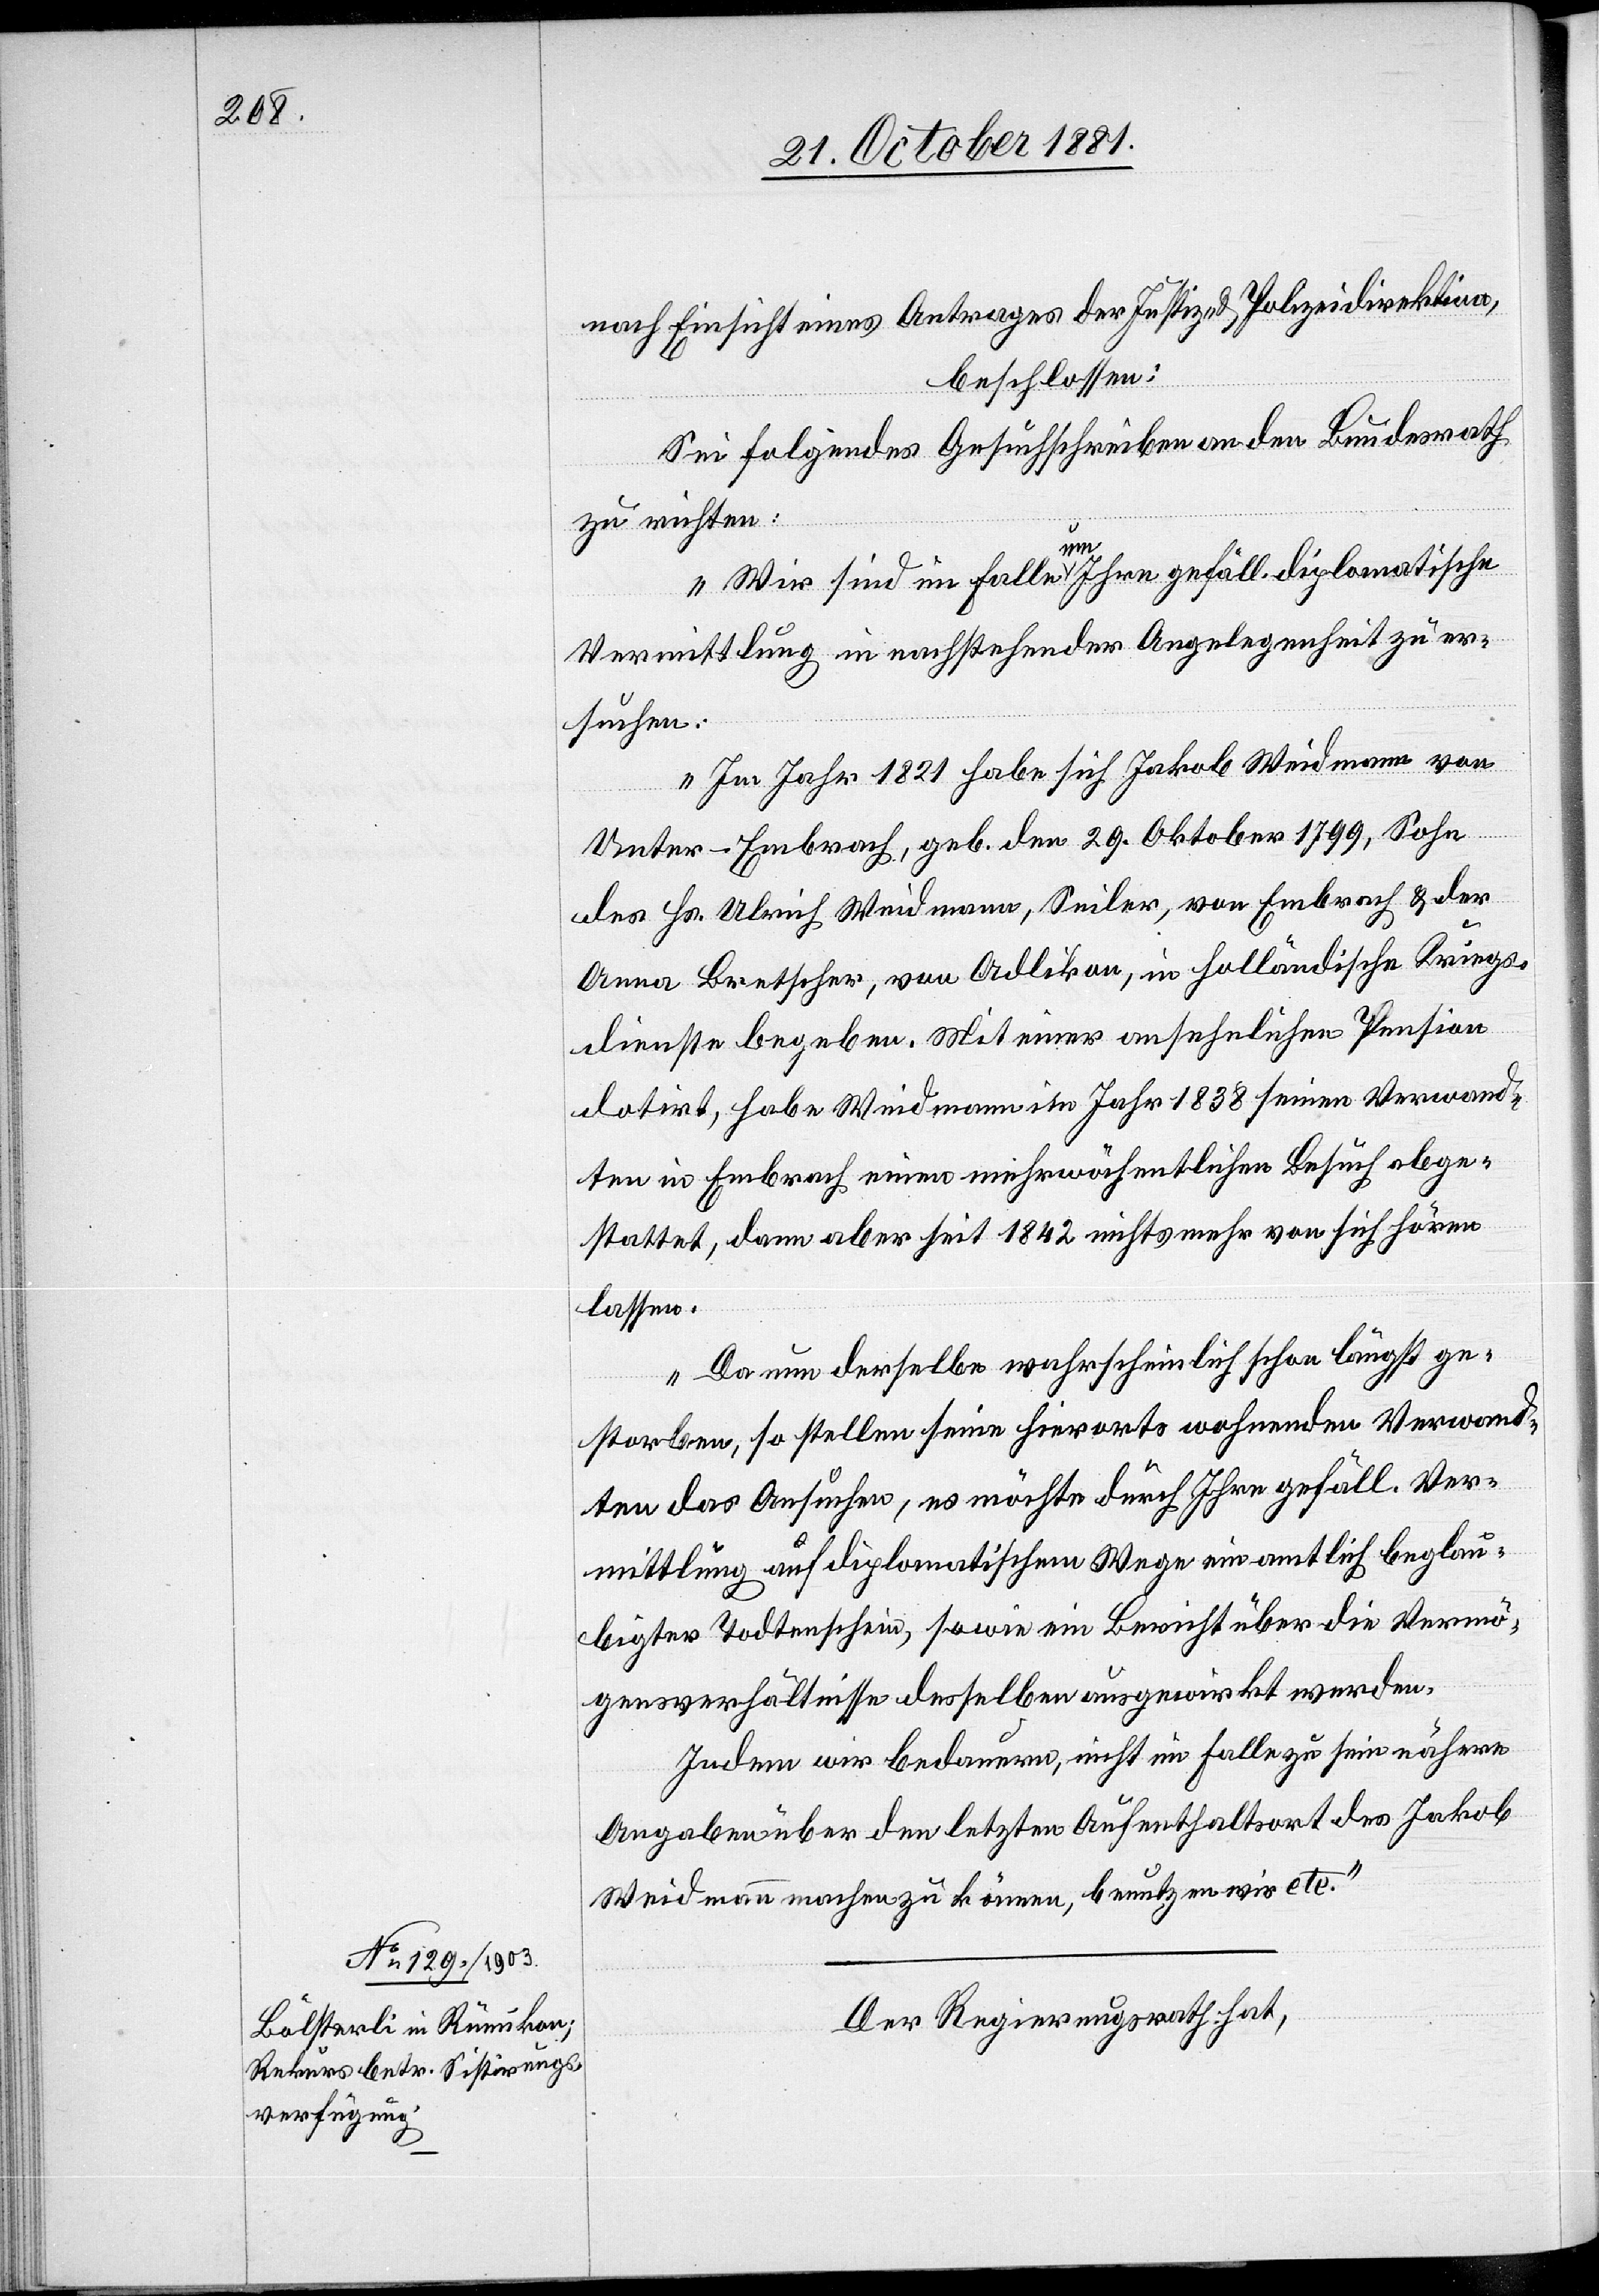
nach Einsicht eines Antrages der Justiz- & Polizeidirektion,
beschlossen:
Sei folgendes Gesuchschreiben an den Bundesrath
zu richten:
„Wir sind im Falle um Ihre gefäll. diplomatische
Vermittlung in nachstehender Angelegenheit zu er¬
suchen:
Im Jahr 1821 habe sich Jakob Weidmann von
Unter-Embrach, geb. den 29. Oktober 1977, Sohn
des Hr. Ulrich Weidmann, Seiler, von Embrach & der
Anna Bretscher, von Adlikon, in holländische Kriegs¬
dienste begeben. Mit einer ansehnlichen Pension
dotirt, habe Weidmann im Jahr 1838 seinen Verwand¬
ten in Embrach einen mehrwöchentlichen Besuch abge¬
stattet, dann aber seit 1842 nichts mehr von sich hören
lassen.
Da nun derselbe wahrscheinlich schon längst ge¬
storben, so stellen seine hierorts wohnenden Verwand¬
ten das Ansuchen, es möchte durch Ihre gefäll. Ver¬
mittlung auf diplomatischem Wege ein amtlich beglau¬
bigter Todtenschein, sowie ein Bericht über die Vermö¬
gensverhältnisse desselben ausgewirkt werden.
Indem wir bedauern, nicht im Falle zu sein nähere
Angaben über den letzten Aufenthaltsort des Jakob
Weidmann machen zu können, benutzen wir etc.“
Der Regierungsrath hat,